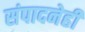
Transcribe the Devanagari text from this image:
संपादनेही